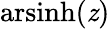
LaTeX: \operatorname{arsinh}(\mathit{z})